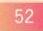
52